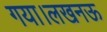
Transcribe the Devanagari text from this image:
गया।लखनऊ